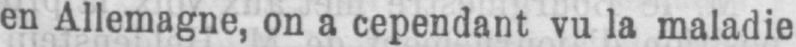
en Allemagne, on a cependant vu la maladie